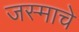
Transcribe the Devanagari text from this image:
जस्माचे